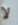
لا